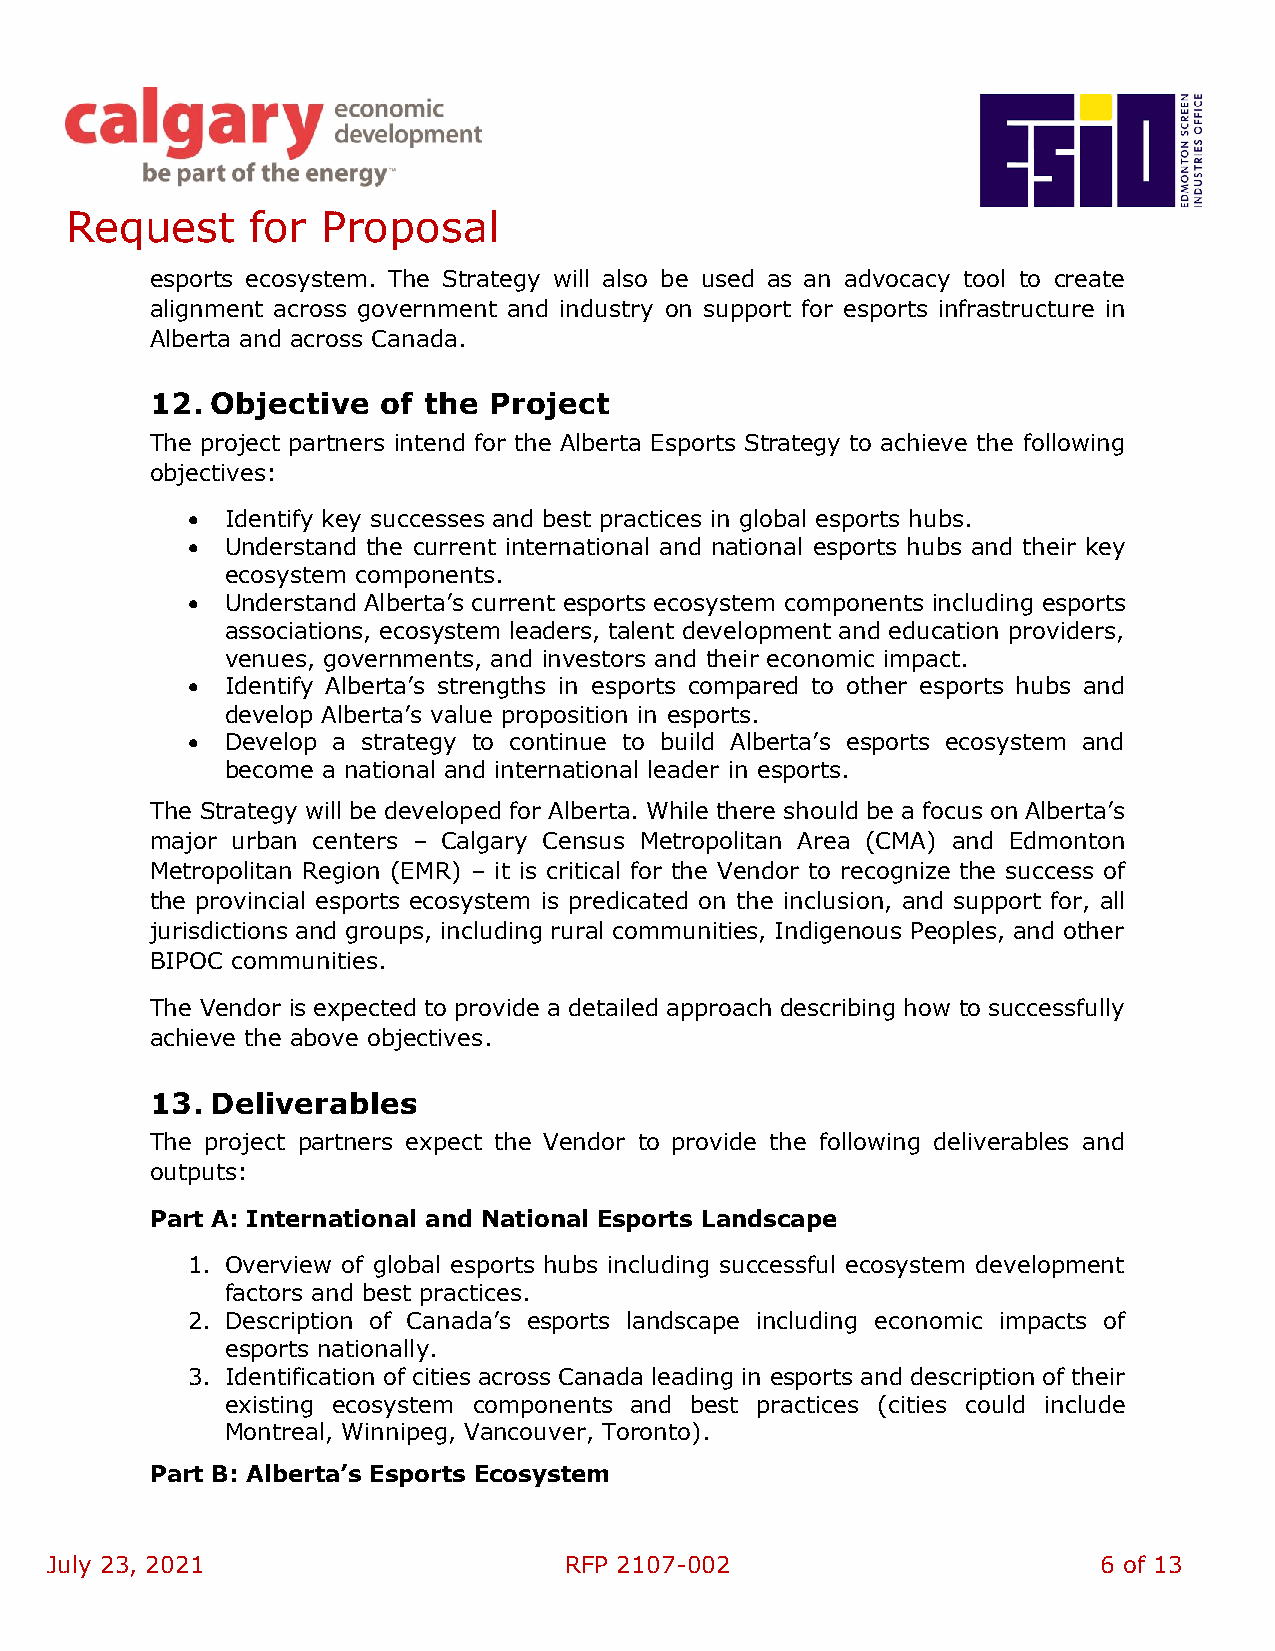
Request      for Proposal
 esports ecosystem. The Strategy will also be used as an advocacy tool to create
 alignment across government and industry on support for esports infrastructure in
 Alberta and across Canada.
 12. Objective  of the Project
 The project partners intend for the Alberta Esports Strategy to achieve the following
 objectives:
 •  Identify key successes and best practices in global esports hubs.
 •  Understand the current international and national esports hubs and their key
 ecosystem components.
 •  Understand Alberta’s current esports ecosystem components including esports
 associations, ecosystem leaders, talent development and education providers,
 venues, governments, and investors and their economic impact.
 •  Identify Alberta’s strengths in esports compared to other esports hubs and
 develop Alberta’s value proposition in esports.
 •  Develop a strategy to continue to build Alberta’s esports ecosystem and
 become a national and international leader in esports.
 The Strategy will be developed for Alberta. While there should be a focus on Alberta’s
 major urban centers – Calgary Census Metropolitan Area (CMA) and Edmonton
 Metropolitan Region (EMR) – it is critical for the Vendor to recognize the success of
 the provincial esports ecosystem is predicated on the inclusion, and support for, all
 jurisdictions and groups, including rural communities, Indigenous Peoples, and other
 BIPOC communities.
 The Vendor is expected to provide a detailed approach describing how to successfully
 achieve the above objectives.
 13. Deliverables
 The project partners expect the Vendor to provide the following deliverables and
 outputs:
 Part A: International and National Esports Landscape
 1. Overview of global esports hubs including successful ecosystem development
 factors and best practices.
 2. Description of Canada’s esports landscape including economic impacts of
 esports nationally.
 3. Identification of cities across Canada leading in esports and description of their
 existing ecosystem components and best practices (cities could include
 Montreal, Winnipeg, Vancouver, Toronto).
 Part B: Alberta’s Esports Ecosystem
 July 23, 2021                     RFP 2107-002                        6 of 13